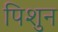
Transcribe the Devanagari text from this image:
पिशुन